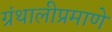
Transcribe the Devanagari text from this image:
ग्रंथालीप्रमाणे